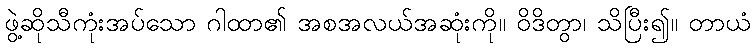
ဖွဲ့ဆိုသီကုံးအပ်သော ဂါထာ၏ အစအလယ်အဆုံးကို။ ဝိဒိတွာ၊ သိပြီး၍။ တာယံ